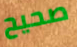
صحيح